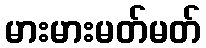
မားမားမတ်မတ်